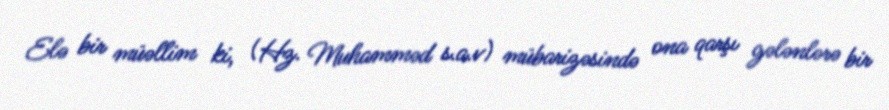
Elə bir müəllim ki, (Hz. Muhamməd s.a.v) mübarizəsində ona qarşı gələnlərə bir